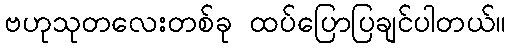
ဗဟုသုတလေးတစ်ခု ထပ်ပြောပြချင်ပါတယ်။